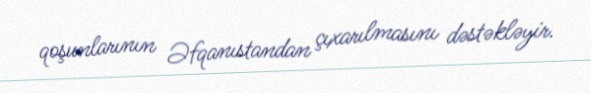
qoşunlarının Əfqanıstandan çıxarılmasını dəstəkləyir.